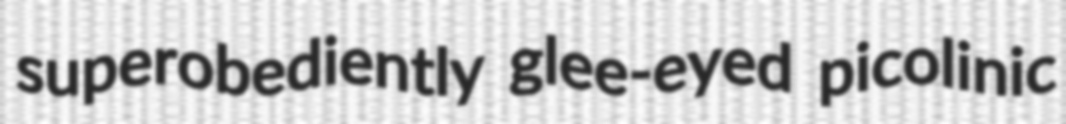
superobediently glee-eyed picolinic